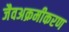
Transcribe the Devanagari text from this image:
जैवअक्रमीकरण